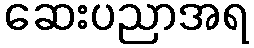
ဆေးပညာအရ